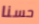
حسنا